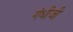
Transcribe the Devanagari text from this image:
गंधीजी